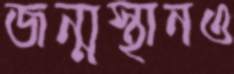
জন্মস্থানও